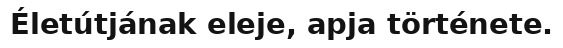
Életútjának eleje, apja története.